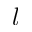
l